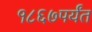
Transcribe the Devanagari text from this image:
१८६७पर्यंत